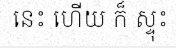
នេះ ហើយ ក៏ ស្ទុះ